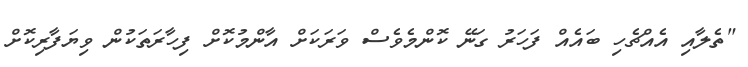
"ތެލާއި އެއްޗެހި ބައެއް ފަހަރު ގަނޭ ކޮންމެވެސް ވަރަކަށް އާންމުކޮށް ފިހާރަތަކުން ވިޔަފާރިކޮށް